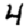
Digit: 4